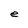
Character: e